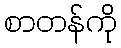
စာတန်ကို